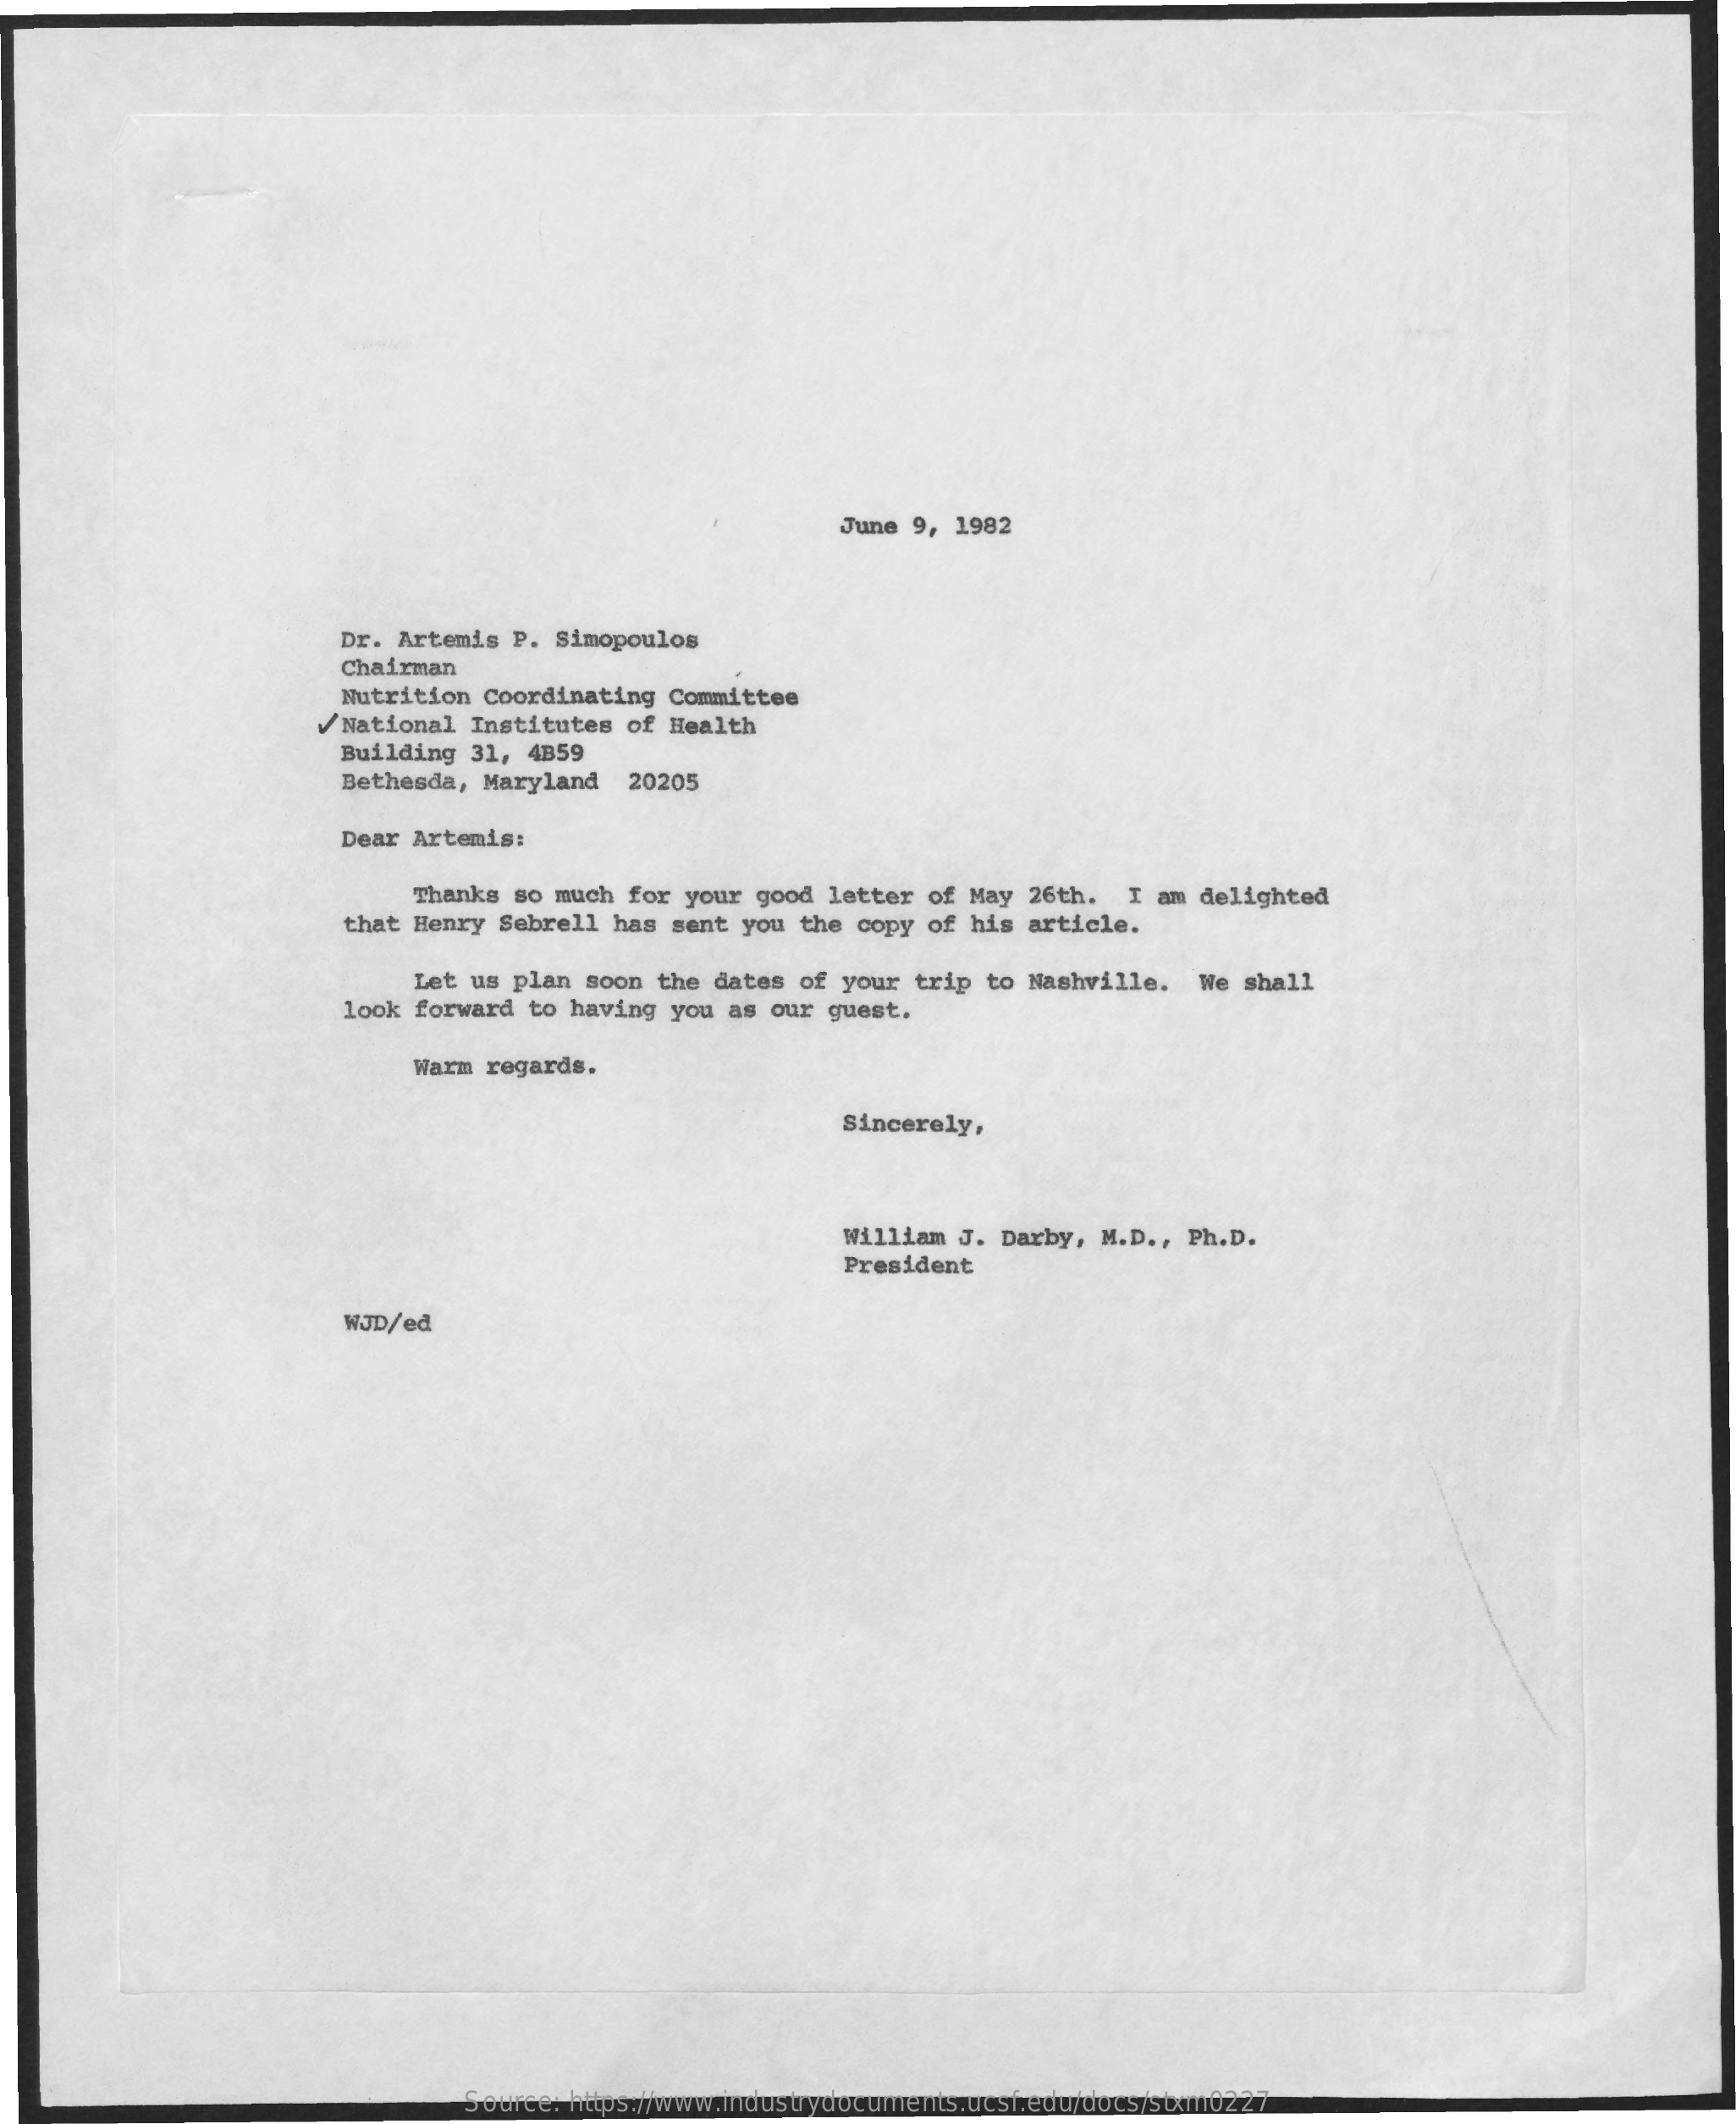
June 9, 1982
     Dr. Artemis  P. Simopoulos
     Chairman
     Nutrition Coordinating  Committee
     National Institutes  of Health
     Building  31, 4B59
     Bethesda, Maryland   20205
     Dear Artemis:
     Thanks  so much for your good  letter of May 26th.   I am delighted
     that Henry Sebrell has sent you  the copy of his article.
     Let us  plan soon the dates  of your trip to Nashville.   We shall
     look forward  to having you as our  guest.
     Warm  regards.
     Sincerely,
     William J. Darby,  M.D ., Ph.D.
     President
     WJD/ed
     Source: https://www.industrydocuments.ucsf.edu/docs/stxm0227